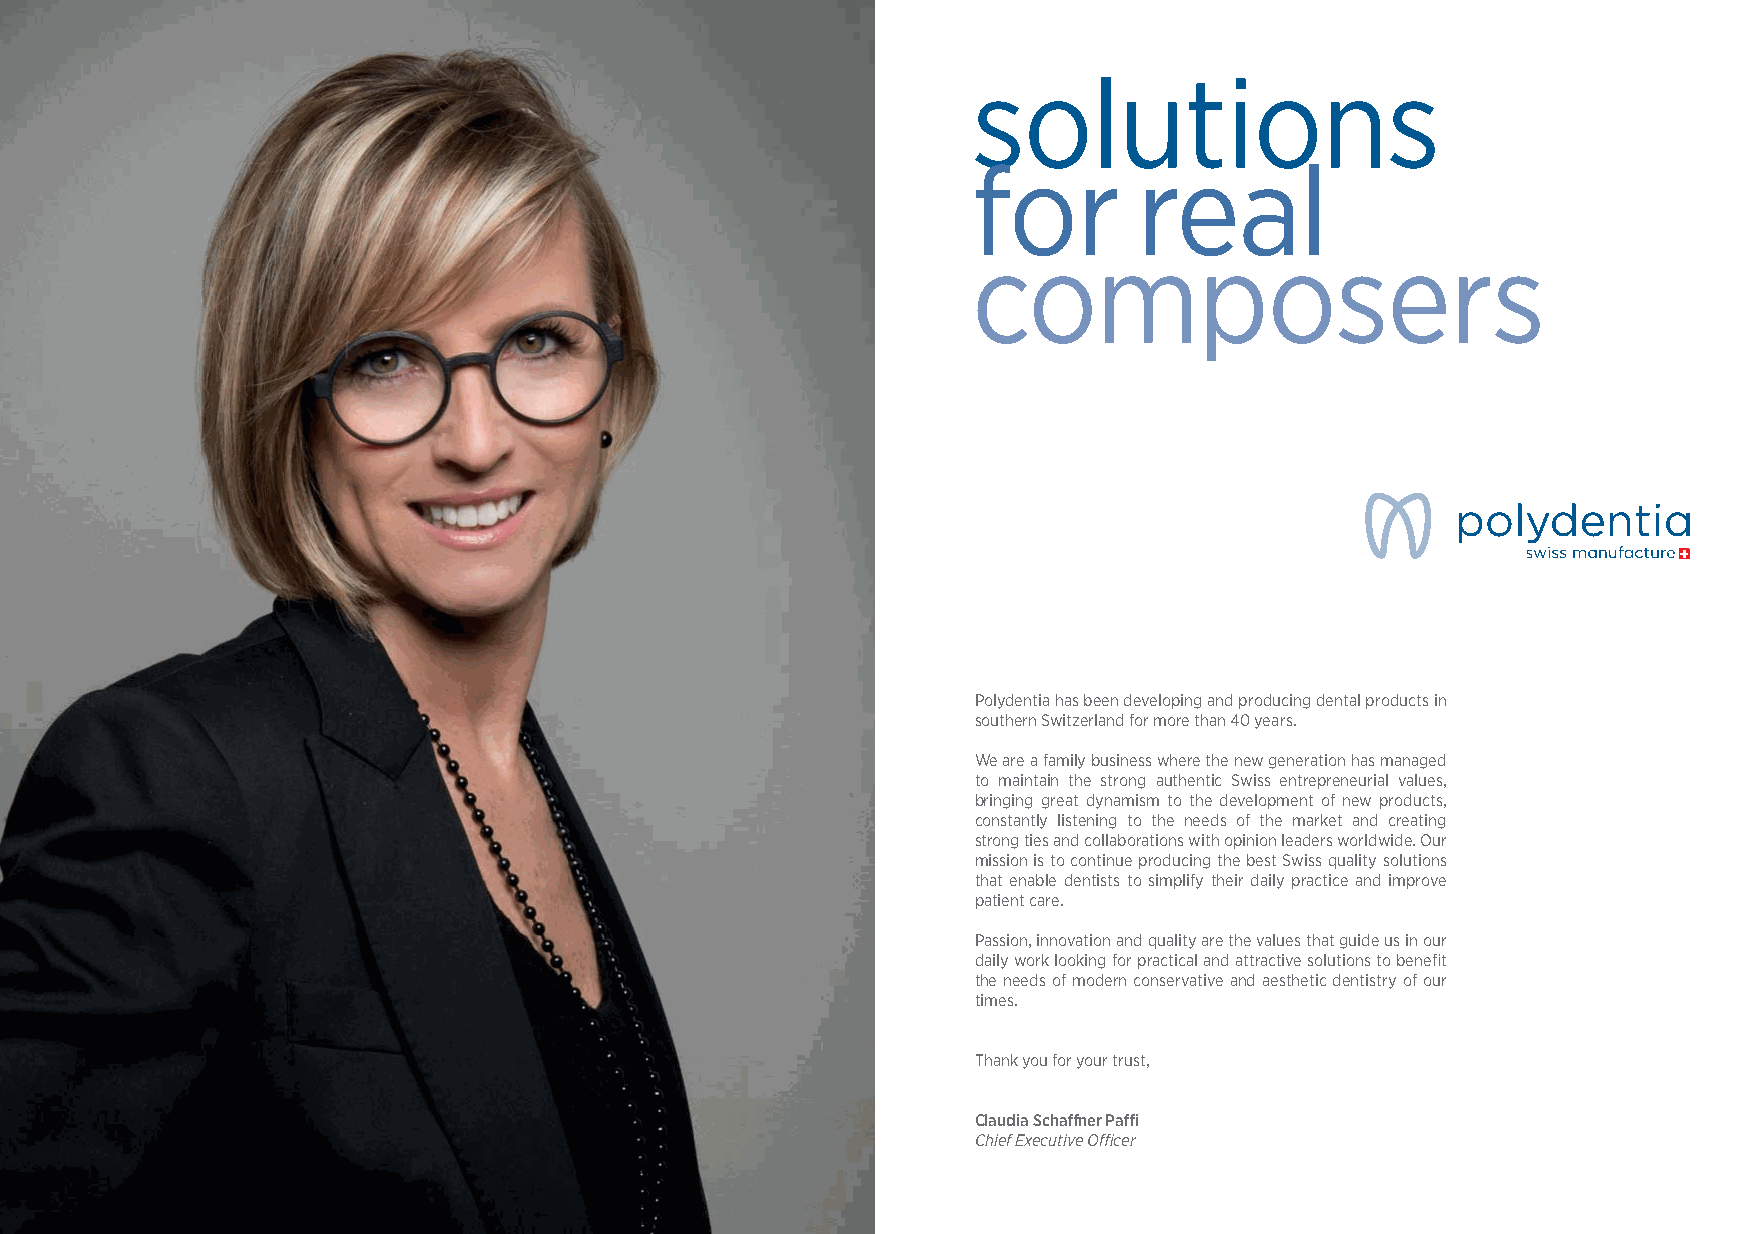
solutions
 for        real
 composers
 Polydentia has been developing and producing dental products in
 southern Switzerland for more than 40 years.
 We are a family business where the new generation has managed
 to maintain the strong authentic Swiss entrepreneurial values,
 bringing great dynamism to the development of new products,
 constantly listening to the needs of the market and creating
 strong ties and collaborations with opinion leaders worldwide. Our
 mission is to continue producing the best Swiss quality solutions
 that enable dentists to simplify their daily practice and improve
 patient care.
 Passion, innovation and quality are the values that guide us in our
 daily work looking for practical and attractive solutions to benefi t
 the needs of modern conservative and aesthetic dentistry of our
 times.
 Thank you for your trust,
 Claudia Schaff ner Paffi
 Chief Executive Offi cer